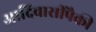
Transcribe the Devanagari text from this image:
आदिवासींपैकी